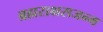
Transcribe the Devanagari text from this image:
ब्रह्मराक्षसजन्म